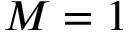
M = 1